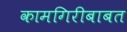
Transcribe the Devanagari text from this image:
कामगिरीबाबत